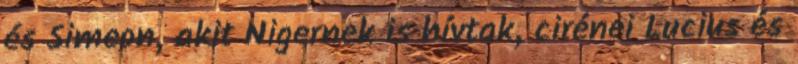
és Simeon, akit Nigernek is hívtak, cirénei Lucius és